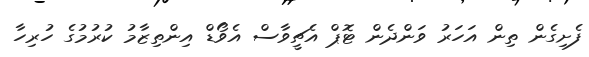
ފެށިގެން ތިން އަހަރު ވަންދެން ޓޮޕް އެޗީވާސް އެވޯޑް އިންތިޒާމު ކުރުމުގެ ހުރިހާ